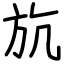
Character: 斻